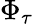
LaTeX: \Phi_{\tau}